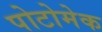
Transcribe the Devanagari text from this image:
पोटोमेक